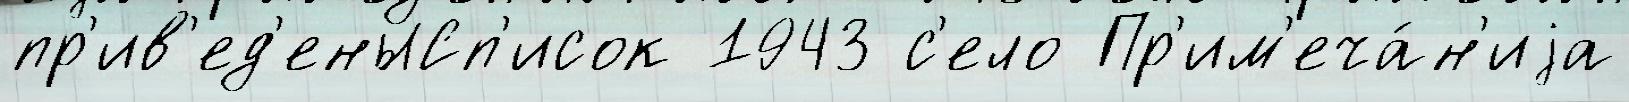
пр'ив'ед'еныСп'исок 1943 с'ело Пр'им'еча́н'иjа